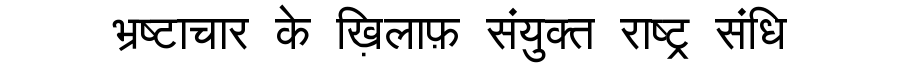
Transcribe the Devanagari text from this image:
भ्रष्टाचार के ख़िलाफ़ संयुक्त राष्ट्र संधि